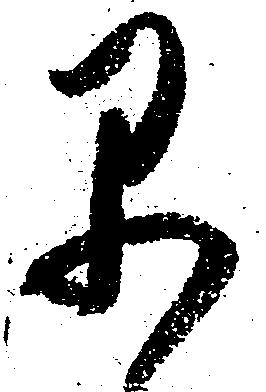
早